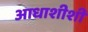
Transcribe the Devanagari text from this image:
आधाशीशी